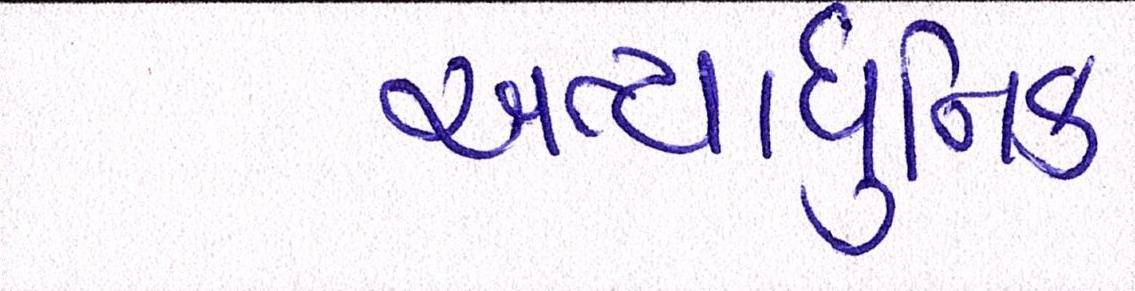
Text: અત્યાધુનિક